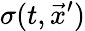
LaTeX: \sigma(t,{\vec{x}^{\prime}})